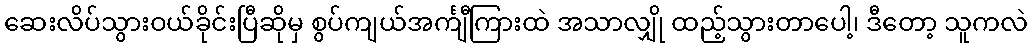
ဆေးလိပ်သွားဝယ်ခိုင်းပြီဆိုမှ စွပ်ကျယ်အင်္ကျီကြားထဲ အသာလျှို ထည့်သွားတာပေါ့၊ ဒီတော့ သူကလဲ